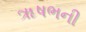
ૠષભની